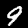
Digit: 9